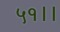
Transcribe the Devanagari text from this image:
५१।।